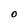
Character: O